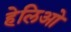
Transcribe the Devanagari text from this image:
हेलिओ